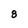
Character: 8